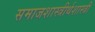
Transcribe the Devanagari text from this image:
समाजशास्त्रीर्थशास्त्री